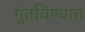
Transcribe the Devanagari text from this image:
गुंतविण्यात